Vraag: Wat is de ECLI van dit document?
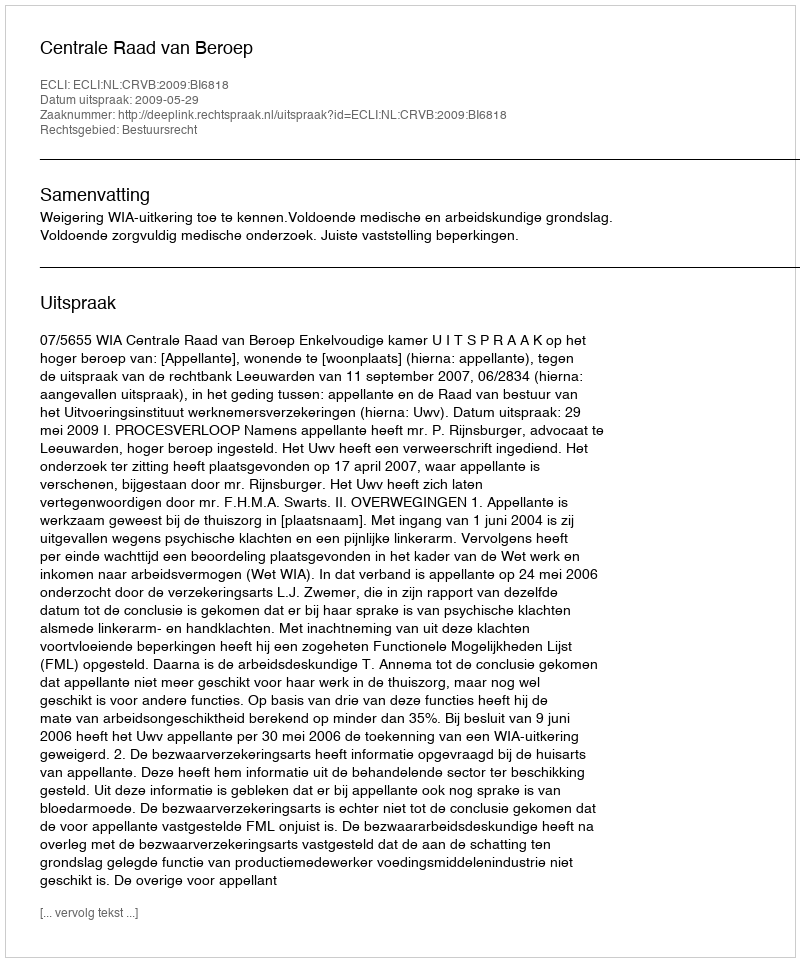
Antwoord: ECLI:NL:CRVB:2009:BI6818